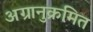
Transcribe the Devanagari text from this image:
अग्रानुक्रमित